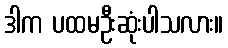
ဒါက ပထမဦးဆုံးပါသလား။